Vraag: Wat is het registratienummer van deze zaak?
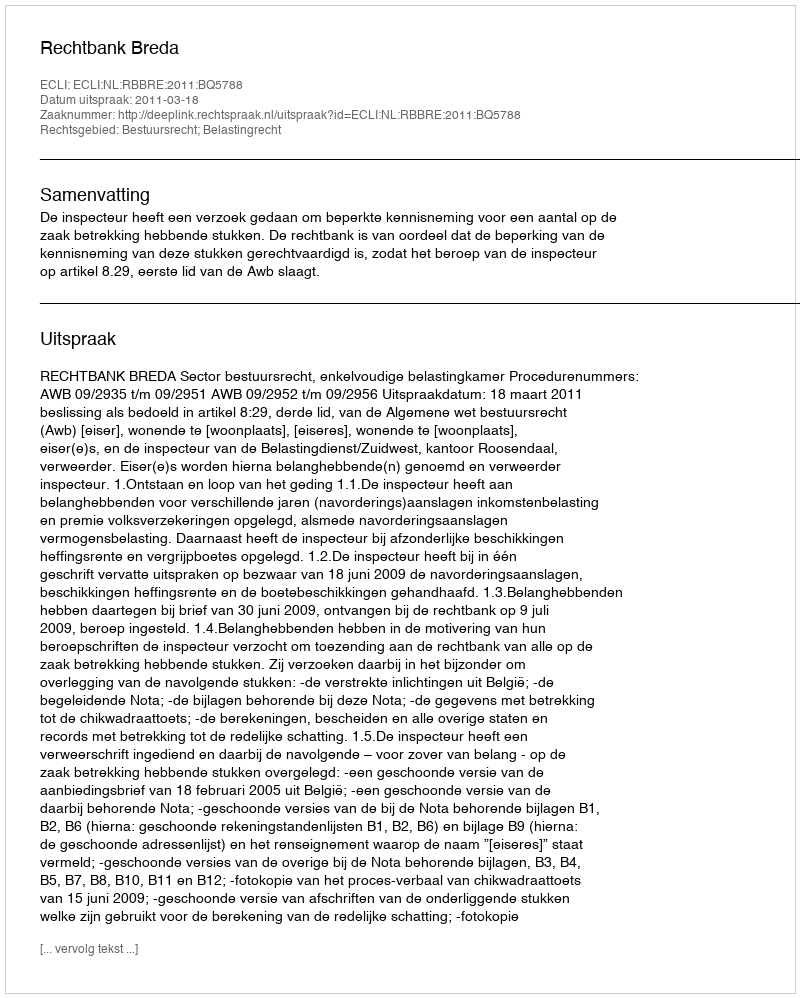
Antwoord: http://deeplink.rechtspraak.nl/uitspraak?id=ECLI:NL:RBBRE:2011:BQ5788